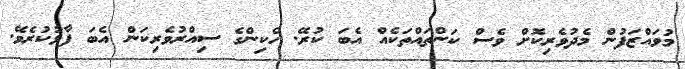
މުވައްޒަފުން މެދުވެރިކޮށް ވެސް ކަންތައްތަކެއް އެބަ ކުރޭ. ހެކިންގެ ސިއްރުވެރިކަން އެބަ ފާޅުކުރެވޭ.